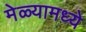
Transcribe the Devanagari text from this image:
मेळ्यामध्ये